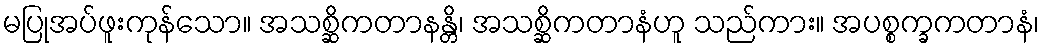
မပြုအပ်ဖူးကုန်သော။ အသစ္ဆိကတာနန္တိ၊ အသစ္ဆိကတာနံဟူ သည်ကား။ အပစ္စက္ခကတာနံ၊